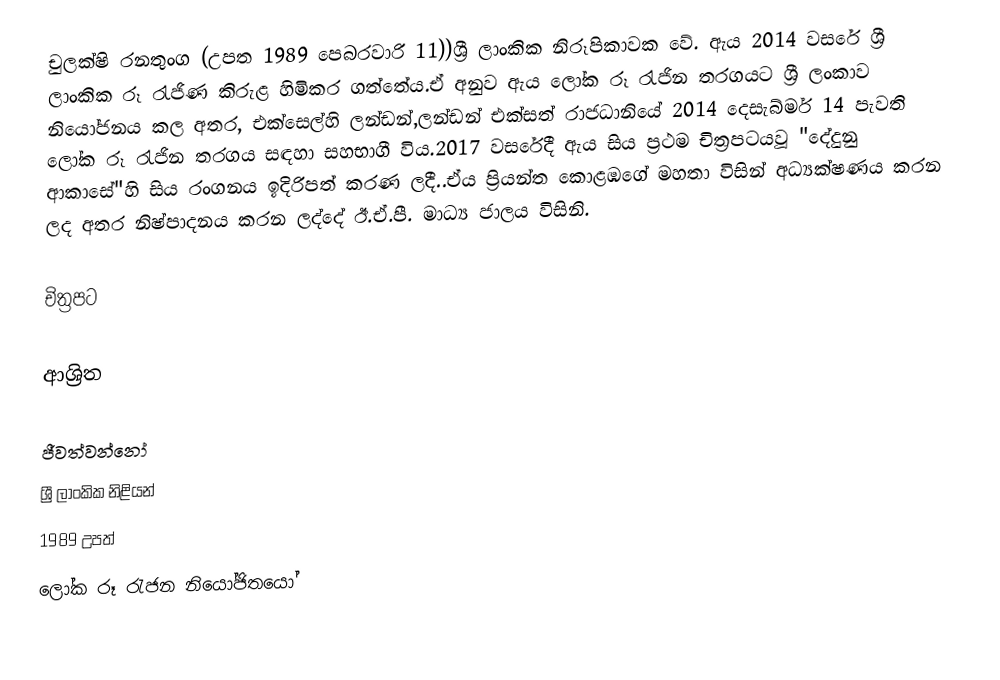
චුලක්ෂි රනතුංග (උපත 1989 පෙබරවාරි 11))ශ්‍රී ලාංකික නිරූපිකාවක වේ.  ඇය 2014 වසරේ ශ්‍රී ලාංකික රූ රැජිණ කිරුළ හිමිකර ගත්තේය.ඒ අනුව ඇය ලෝක රූ රැජින තරගයට ශ්‍රී ලංකාව නියෝජනය කල අතර, එක්සෙල්හි ලන්ඩන්,ලන්ඩන් එක්සත් රාජධානියේ 2014 දෙසැබ්මර් 14 පැවති ලෝක රූ රැජින තරගය සඳහා සහභාගී විය.2017 වසරේදී ඇය සිය ප්‍රථම චිත්‍රපටයවූ "දේදුනු ආකාසේ"හි සිය රංගනය ඉදිරිපත් කරණ ලදී..ඒය ප්‍රියන්ත කොළඹගේ මහතා විසින් අධ්‍යක්ෂණය කරන ලද අතර නිෂ්පාදනය  කරන ලද්දේ ඊ.ඒ.පී. මාධ්‍ය ජාලය විසිනි.

චිත්‍රපට

ආශ්‍රිත

ජීවත්වන්නෝ
ශ්‍රී ලාංකික නිළියන්
1989 උපත්
ලෝක රූ රැජන නියෝජිතයෝ